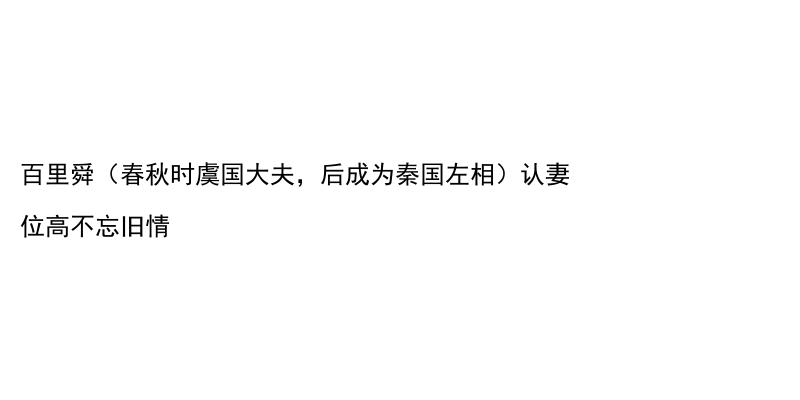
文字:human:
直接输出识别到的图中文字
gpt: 百里舜（春秋时虞国大夫，后成为秦国左相）认妻 位高不忘旧情